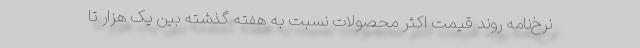
نرخ‌نامه روند قیمت اکثر محصولات نسبت به هفته گذشته بین یک هزار تا